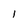
Character: 1